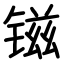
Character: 镃